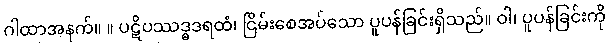
ဂါထာအနက်။ ။ ပဋိပဿဒ္ဓဒရထံ၊ ငြိမ်းစေအပ်သော ပူပန်ခြင်းရှိသည်။ ဝါ၊ ပူပန်ခြင်းကို